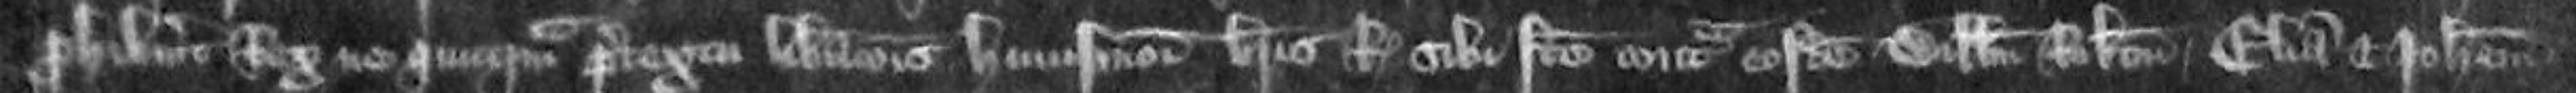
prohibuerit Rex ne quicquam pretextu liberationis huiusmodi brevis Regis sibi facte contra eosdem Willelmum Robertum Eliam et Johannem